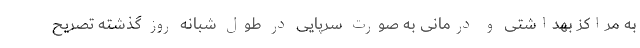
به مراکز بهداشتی و درمانی به صورت سرپایی در طول شبانه روز گذشته تصریح